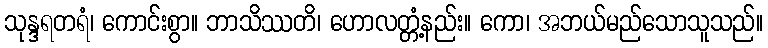
သုန္ဒရတရံ၊ ကောင်းစွာ။ ဘာသိဿတိ၊ ဟောလတ္တံ့နည်း။ ကော၊ အဘယ်မည်သောသူသည်။